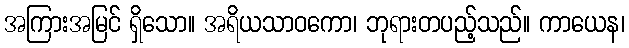
အကြားအမြင် ရှိသော။ အရိယသာဝကော၊ ဘုရားတပည့်သည်။ ကာယေန၊